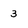
Character: 3